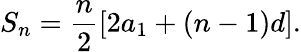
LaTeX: S_{n}={\frac{n}{2}}[2a_{1}+(n-1)d].